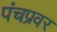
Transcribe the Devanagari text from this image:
पंचप्रवर